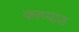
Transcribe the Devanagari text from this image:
काप्पाड